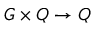
G \times Q \to Q